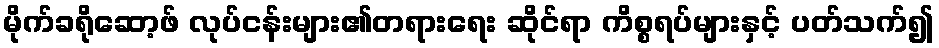
မိုက်ခရိုဆော့ဖ် လုပ်ငန်းများ၏တရားရေး ဆိုင်ရာ ကိစ္စရပ်များနှင့် ပတ်သက်၍